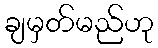
ချမှတ်မည်ဟု